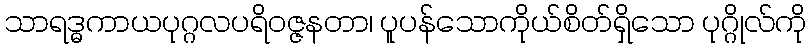
သာရဒ္ဓကာယပုဂ္ဂလပရိဝဇ္ဇနတာ၊ ပူပန်သောကိုယ်စိတ်ရှိသော ပုဂ္ဂိုလ်ကို